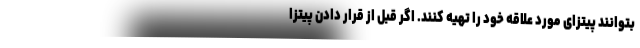
بتوانند پیتزای مورد علاقه خود را تهیه کنند. اگر قبل از قرار دادن پیتزا